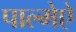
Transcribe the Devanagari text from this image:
पाल्मेऐ